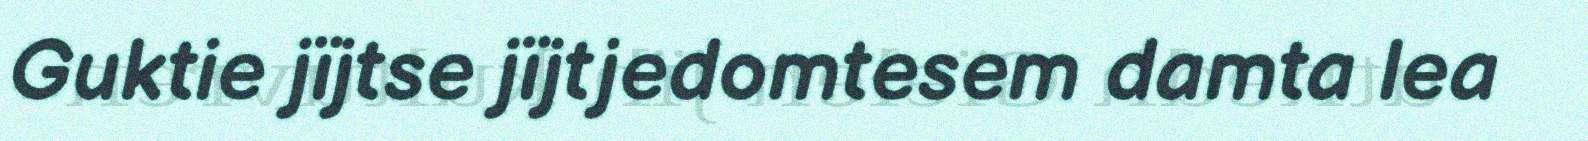
Guktie jïjtse jïjtjedomtesem damta lea